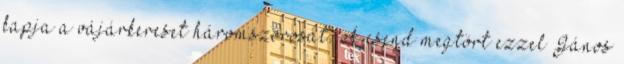
kapja a vájárkereset háromszorosát. A csend megtört ezzel János